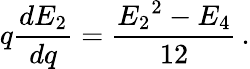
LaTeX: q\frac{dE_{2}}{dq}=\frac{{E_{2}}^{2}-E_{4}}{12}\, .